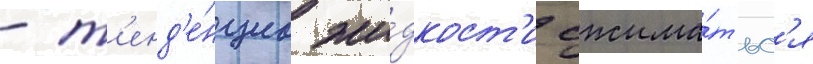
- т'енд'е́нциа жи́дкост'и сжима́тьс'я